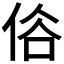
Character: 𠈻